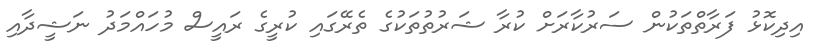
އިދިކޮޅު ފަރާތްތަކުން ސަރުކާރަށް ކުރާ ޝަރުތުތަކުގެ ތެރޭގައި ކުރީގެ ރައީސް މުހައްމަދު ނަޝީދާއި